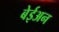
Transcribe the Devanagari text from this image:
बेईअन